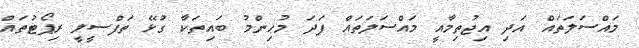
މައްސަލަތައް އަދި އިޖުތިމާއީ މައްސަލަތައް ފަދަ މުހިންމު ބައިތަކާ ގުޅޭ ތަފްސީލީ ރިޕޯޓުތައް